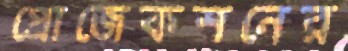
প্রোজেকশনের